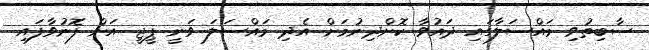
ސާބިތުވި މައްސަލާގައި ދައުވާ ކޮށްދިނުމަށް އެދި މައްސަލަ ވަނީ ޕީޖީ އަށް ފޮނުވާފައި